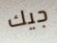
جيك